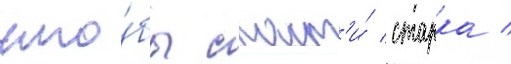
что́бы спаст'и́ старка /